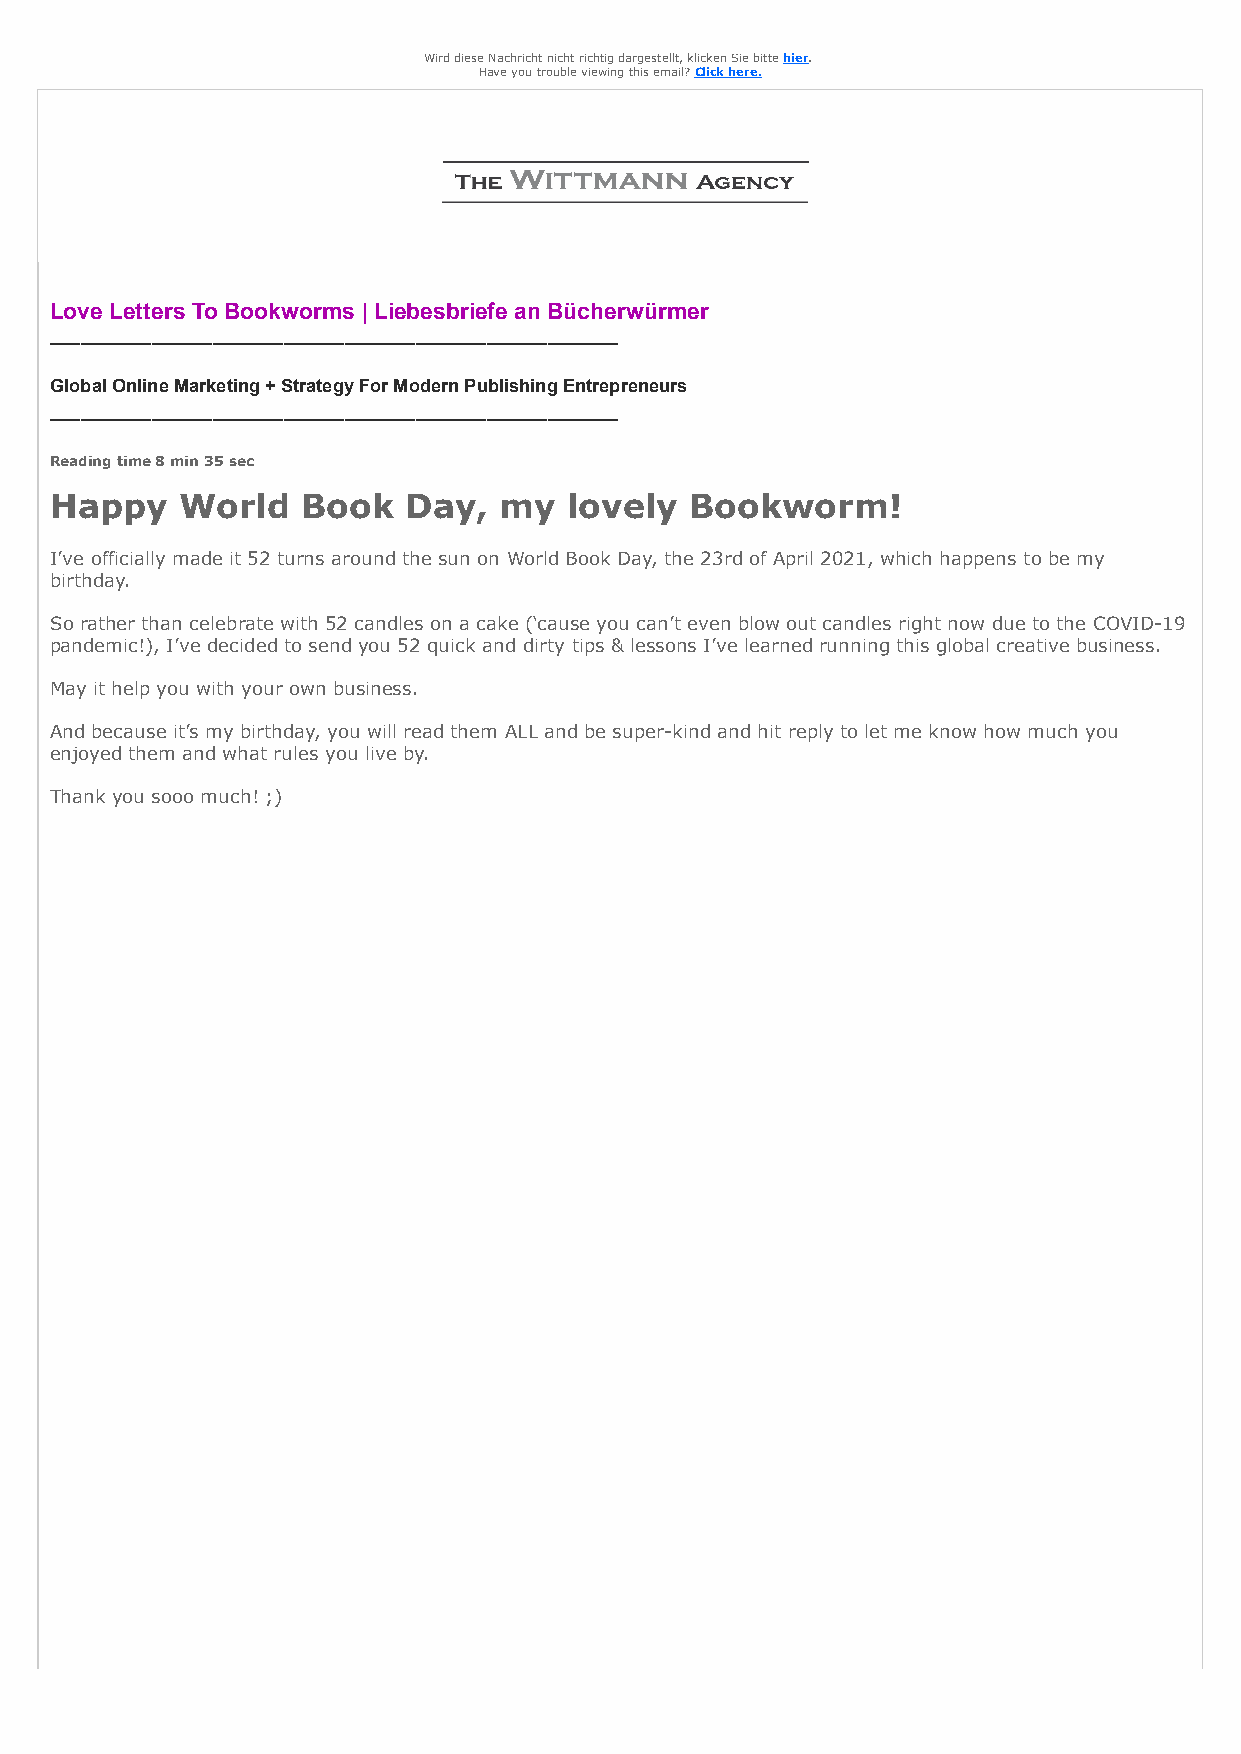
Wird diese Nachricht nicht richtig dargestellt, klicken Sie bitte hier.
 Have you trouble viewing this email? Click here.
 Love Letters To Bookworms | Liebesbriefe an Bücherwürmer
 ________________________________________________________
 Global Online Marketing + Strategy For Modern Publishing Entrepreneurs
 ________________________________________________________
 Reading time 8 min 35 sec
 Happy    World   Book   Day,  my   lovely  Bookworm!
 I’ve officially made it 52 turns around the sun on World Book Day, the 23rd of April 2021, which happens to be my
 birthday.
 So rather than celebrate with 52 candles on a cake (‘cause you can’t even blow out candles right now due to the COVID-19
 pandemic!), I’ve decided to send you 52 quick and dirty tips & lessons I’ve learned running this global creative business.
 May it help you with your own business.
 And because it’s my birthday, you will read them ALL and be super-kind and hit reply to let me know how much you
 enjoyed them and what rules you live by.
 Thank you sooo much! ;)